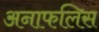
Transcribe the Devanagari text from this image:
अनाफलिस